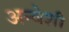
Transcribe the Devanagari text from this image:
अन्वेशी